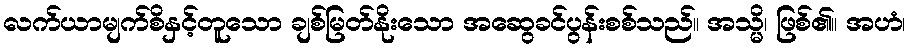
လက်ယာမျက်စိနှင့်တူသော ချစ်မြတ်နိုးသော အဆွေခင်ပွန်းစစ်သည်။ အသ္မိ၊ ဖြစ်၏။ အဟံ၊